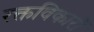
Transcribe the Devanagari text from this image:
रक्तविकारों